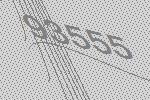
93555